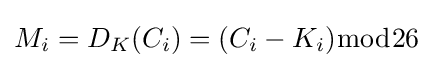
M_{i}=D_{K}(C_{i})=(C_{i}-K_{i}){\bmod {2}}6